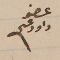
عضو داود عسى